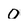
Character: 0